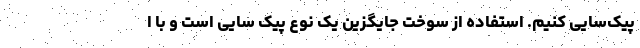
پیک‌سایی کنیم. استفاده از سوخت جایگزین یک نوع پیک سایی است و با ا